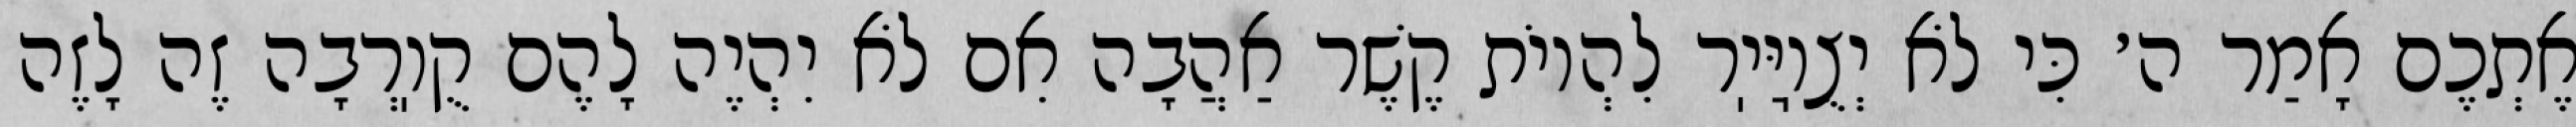
אֶתְכֶם אָמַר ה׳ כִּי לֹא יְצֻוֽיַּיֽר לִהְיוֹת קֶשֶׁר אַהֲבָה אִם לֹא יִהְיֶה לָהֶם קֻוֽרְבָה זֶה לָזֶה